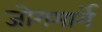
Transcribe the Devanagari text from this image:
जोगमार्गे